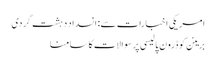
امریکی اخبارات سے: انسداد دہشت گردی
برینن کو ڈرون پالیسی پر سوالات کا سامنا